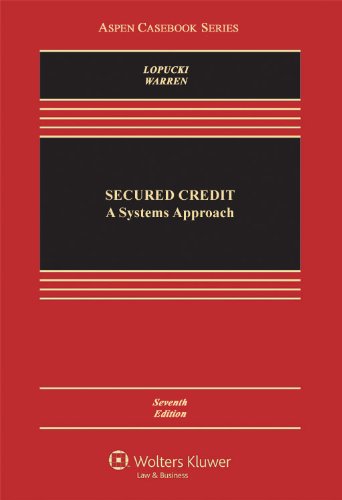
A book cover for Secured Credit: A Systems Approach, Seventh Edition (Aspen Casebook); Lynn M. LoPucki; Law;